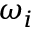
\omega _ { i }